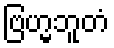
ဗြဟ္မဘူတံ